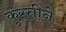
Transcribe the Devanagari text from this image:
कुस्तीने